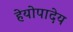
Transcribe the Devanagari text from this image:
हेयोपादेय